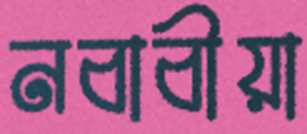
নবাবীয়া